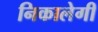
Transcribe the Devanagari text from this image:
निकालेगी